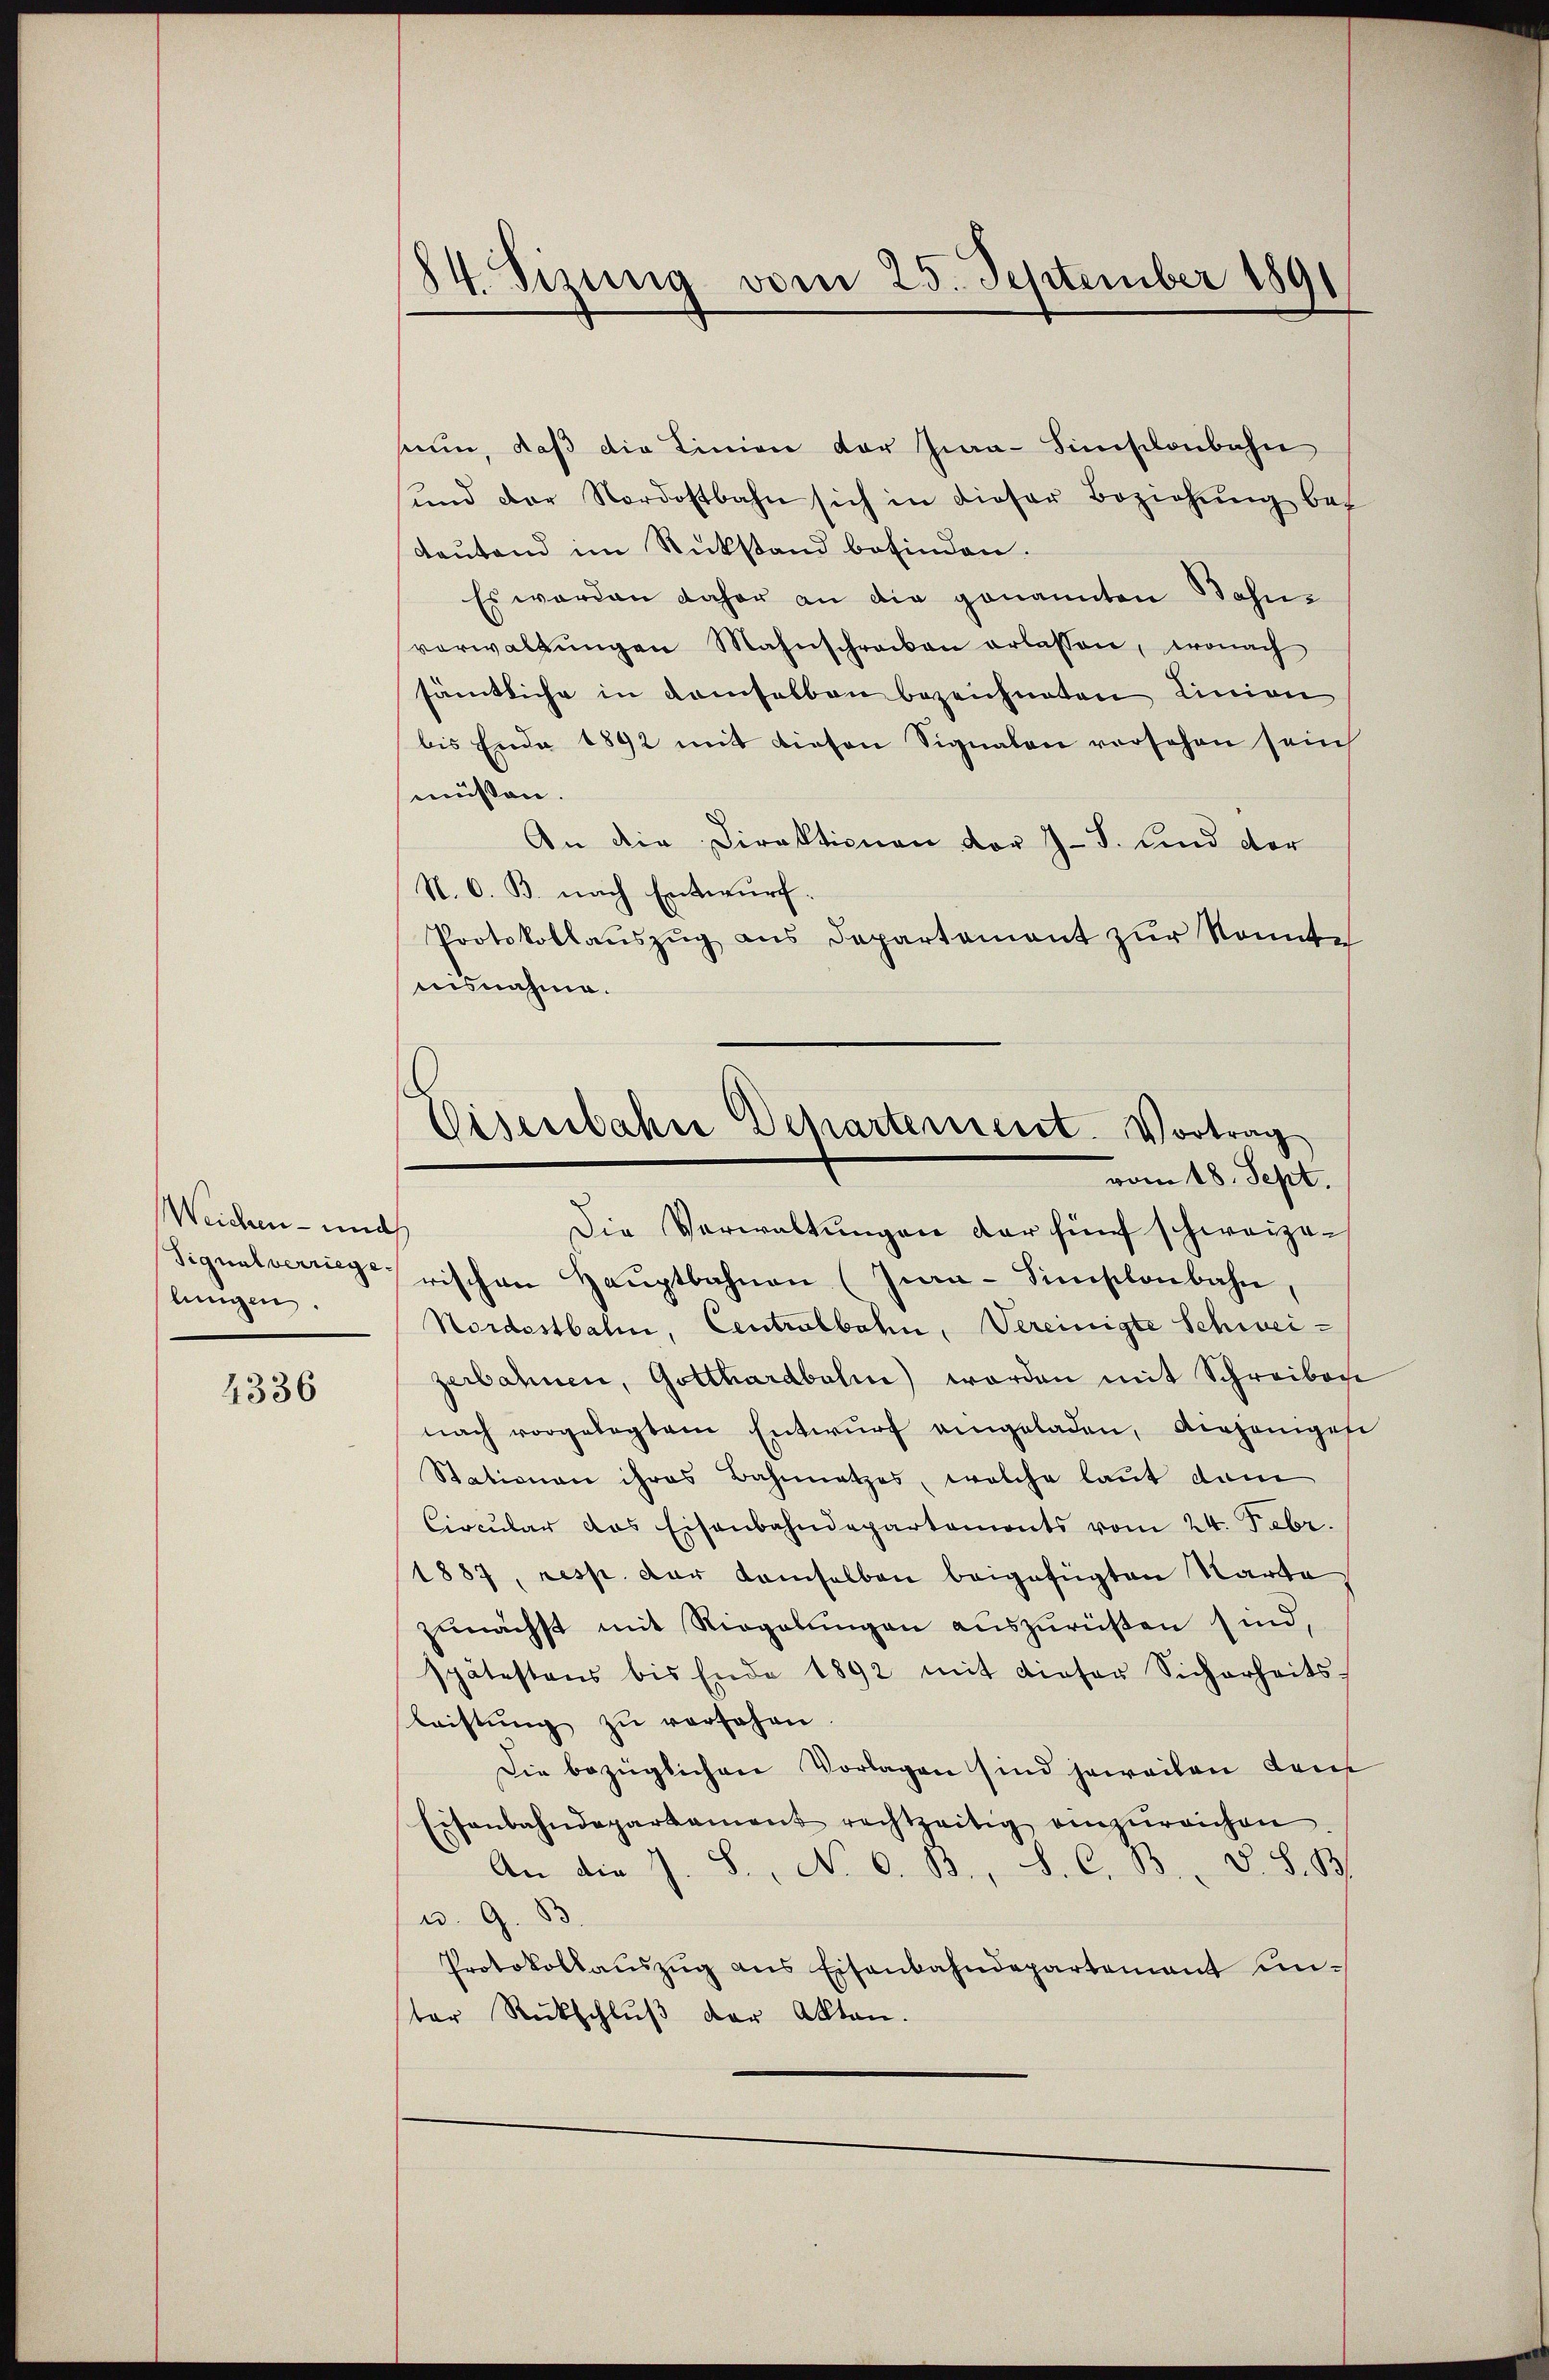
Weichen- und
Signalverriege.
lungen.

4336

84. Sizung vom 25. September 1891

eun, daß die Linien der Jwa-Sinischenbahn
ŭnd der Nordostbahn sich in dieser Beziehŭng be-
Leutend im Rückstand befinden.
Es werden daher an die genannten Bahn-
verwaltŭngen Mahnschreiben erlassen, wonach
sämtliche in demselben bezeichneten Linien
bis Ende 1892 mit diesen Signalen versehen sein
müssen.
An die Direktionen vor J. J. und der
N. O. B. nach Entwurf.
Protokollaŭszŭg ans Departament zŭr Sonnte
uisnahme.
Die Verwaltungen der fünf schweizerischen Haŭptbahnen (Inra-Simischenbahn,
Nordostbalm, Centrubbahn, Vereinigte Schweizerbahnen, Gotthardbahn werden mit Schreibachs
nach vorgelegtem Entwŭrf angeladen, diejeniges
Stationen ihres Bahnnetzes, welche laut dam
Circular das Eisenbahndepartements vom 24. Febr.
1887, resp. der damselben beigefügten Karte
zŭnächst mit Riegelungen auszurüsten sind,
spätestens bis Ende 1892 mit dieser Sicherheits-
Leistŭng zŭ versehen.
Die bezüglichen Vorlagen sind jeweilen dans
Eisenbahndepartament rechtzeitig einzŭreichen.
An die J. S., No. 6. 13., S. C. B. d. S. B.
u. 9. 83
Protokollaŭszŭg ans Eisenbahndepartement unter Rückschlŭβ der Akten.

Eisenbahne Departement. Vortrag
vom 18. Sept.